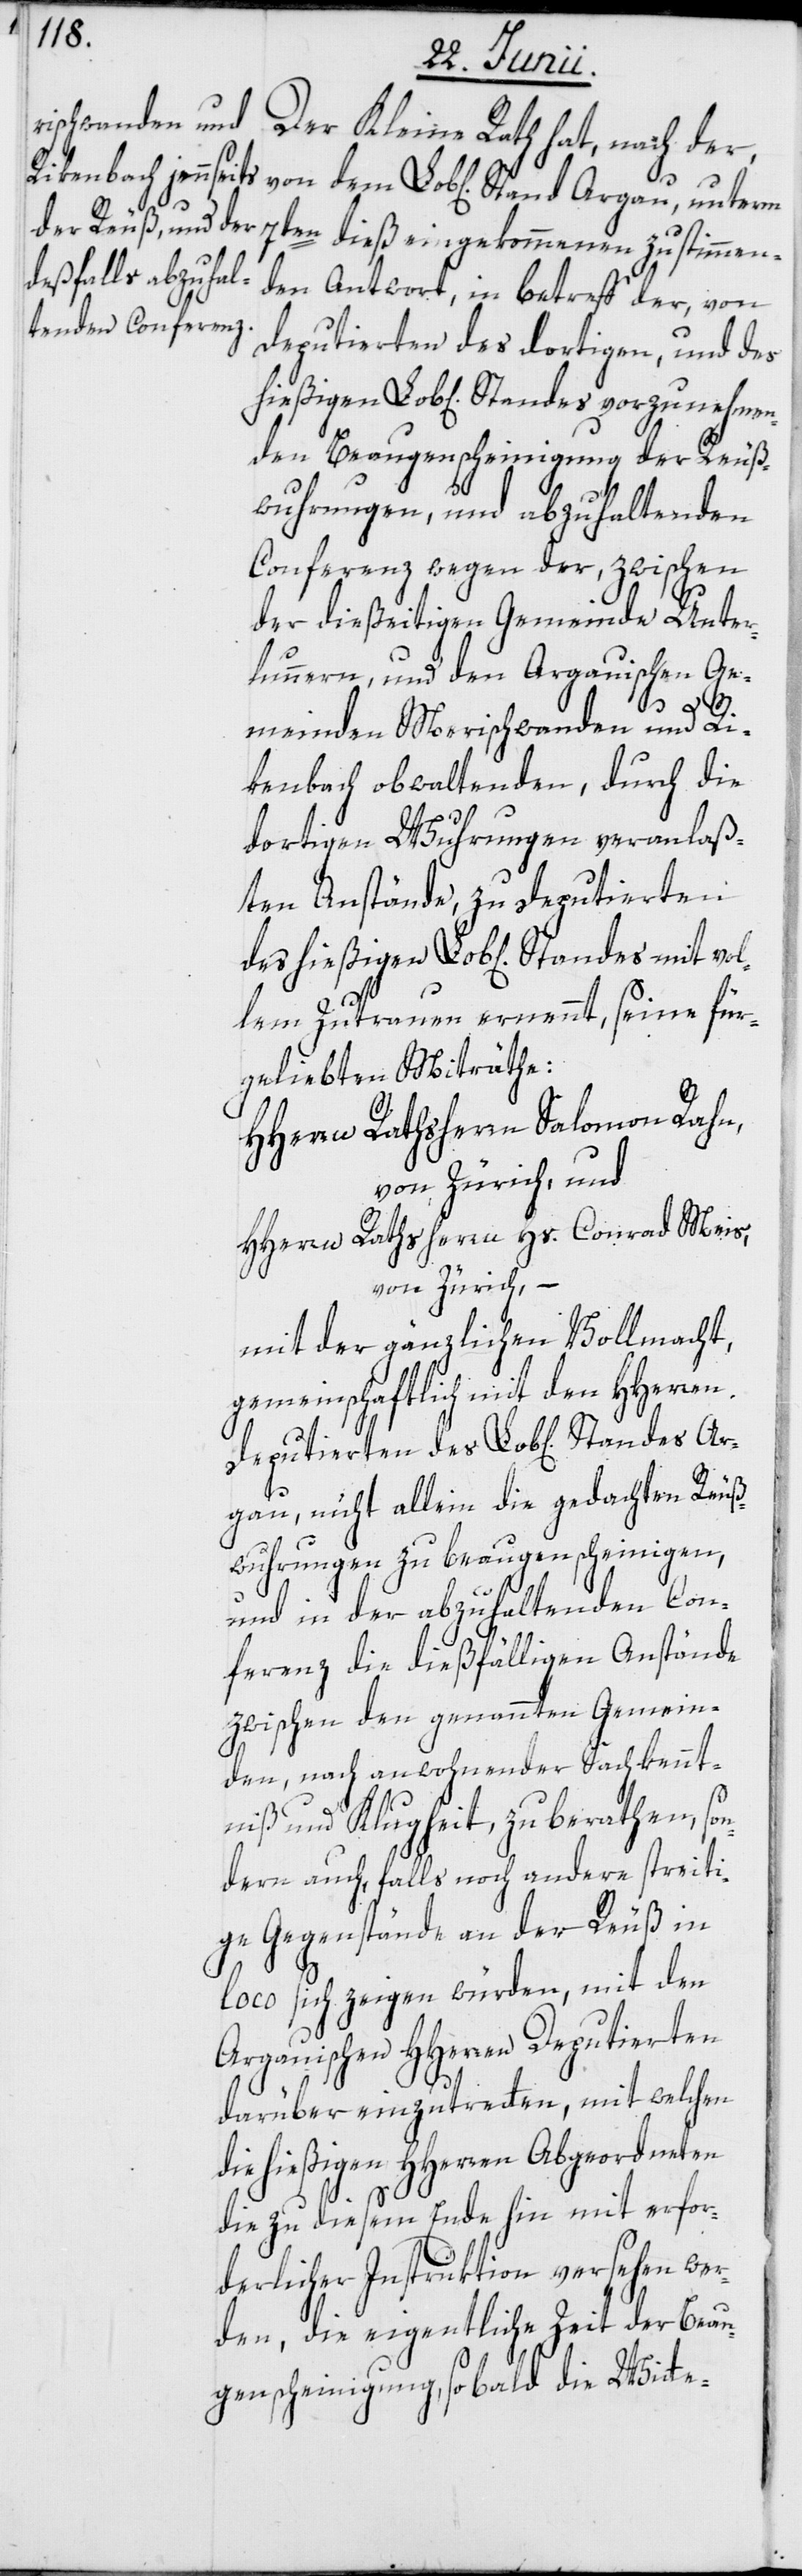
Der Kleine Rath hat, nach der,
7ten dieß eingekommenen zustimmen¬
den Antwort, in betreff der, von
Deputierten des dortigen, und des
Beaugenscheinigung der Reuß¬
wuhrungen, und abzuhaltenden
Conferenz wegen der, zwischen
der dießeitigen Gemeinde Unter¬
lunnern, und den Argauischen Ge¬
Ar¬
meinden Merischwanden und Ri¬
kenbach obwaltenden, durch die
dortigen Wuhrungen veranlaß¬
ten Anstände, zu Deputierten
lem Zutrauen ernennt, seine für¬
geliebten Miträthe:
HHerrn Rathsherrn Salomon Rahn,
von Zürich, und
HHerrn Rathsherrn Hs. Conrad Meis,
von Zürich, –
mit der gänzlichen Vollmacht,
gemeinschaftlich mit den HHerren
gau, nicht allein die gedachten Reuß¬
wuhrungen zu beaugenscheinigen,
und in der abzuhaltenden Con¬
ferenz die dießfälligen Anstände
zwischen den genannten Gemein¬
den, nach anwohnender Sachkennt¬
niß und Klugheit, zu berathen, so¬
ndern auch, falls noch andere streiti¬
ge Gegenstände an der Reuß in
loco sich zeigen würden, mit den
Argauischen HHerren Deputierten
darüber einzutretten, mit welchen
die hießigen HHerren Abgeordneten
die zu diesem Ende hin mit erfor¬
derlicher Instruktion versehen wer¬
den, die eigentliche Zeit der Beau¬
genscheinigung, so bald die Witte-